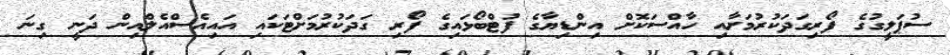
ސުޕަލީގުގެ ފޯރިގަދަކުރުމަށާއި ހާއްސަކޮށް އިންޑިޔާގެ ފުޓްބޯޅައިގެ ފޯރި ގަދަކުރުމަށްޓަކައި އައިއެސްއެލްއިން ދަނީ ގިނަ